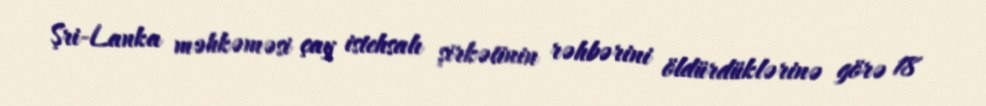
Şri-Lanka məhkəməsi çay istehsalı şirkətinin rəhbərini öldürdüklərinə görə 18